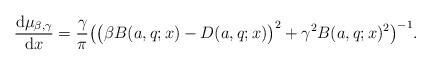
LaTeX: \begin{align*}\frac{\mbox{d}\mu_{\beta,\gamma}}{\mbox{d}x}=\frac{\gamma}{\pi}\big(\big(\beta B(a,q;x)-D(a,q;x)\big)^{2}+\gamma^{2}B(a,q;x)^{2}\big)^{-1}.\end{align*}